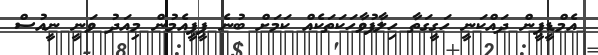
އެމްޑީޕީން ދައްކަނީ ހަގީގަތާ ހިލާފުވާހަކަތަކެއް ކަމަށް ބުނެ ޕީޕީއެމުން މިއަދު ވަނީ ނީއުސް